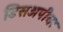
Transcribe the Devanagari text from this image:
डिसअपीयर